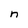
Character: n